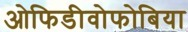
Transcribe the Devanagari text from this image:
ओफिडीवोफोबिया